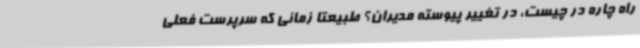
راه چاره در چیست، در تغییر پیوسته مدیران؟ طبیعتا زمانی که سرپرست فعلی